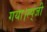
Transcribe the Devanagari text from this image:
गया।स्प्ंजी